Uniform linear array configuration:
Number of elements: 12
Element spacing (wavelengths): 0.5
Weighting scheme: blackman
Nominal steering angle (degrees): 30
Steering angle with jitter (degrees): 29.791
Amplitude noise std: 0.05
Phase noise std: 0.05

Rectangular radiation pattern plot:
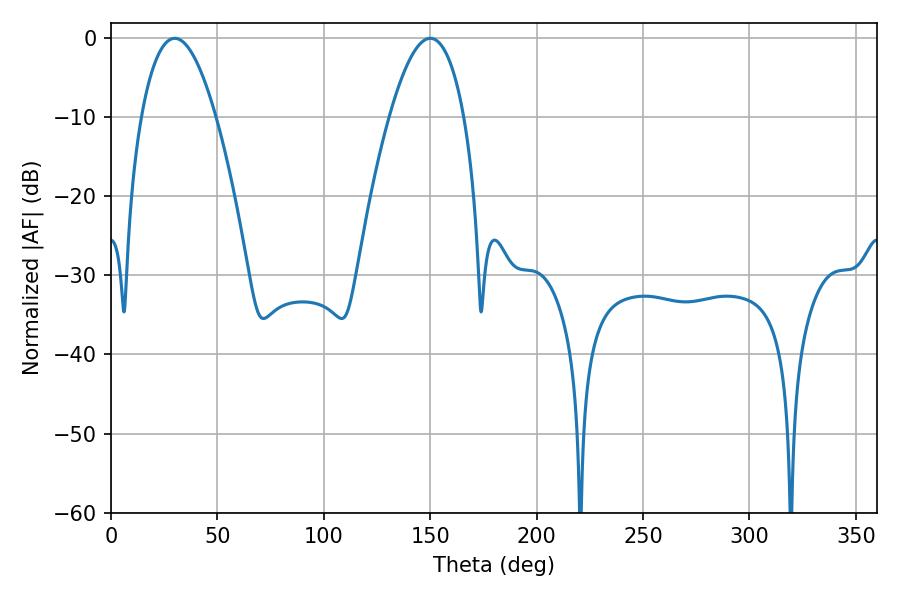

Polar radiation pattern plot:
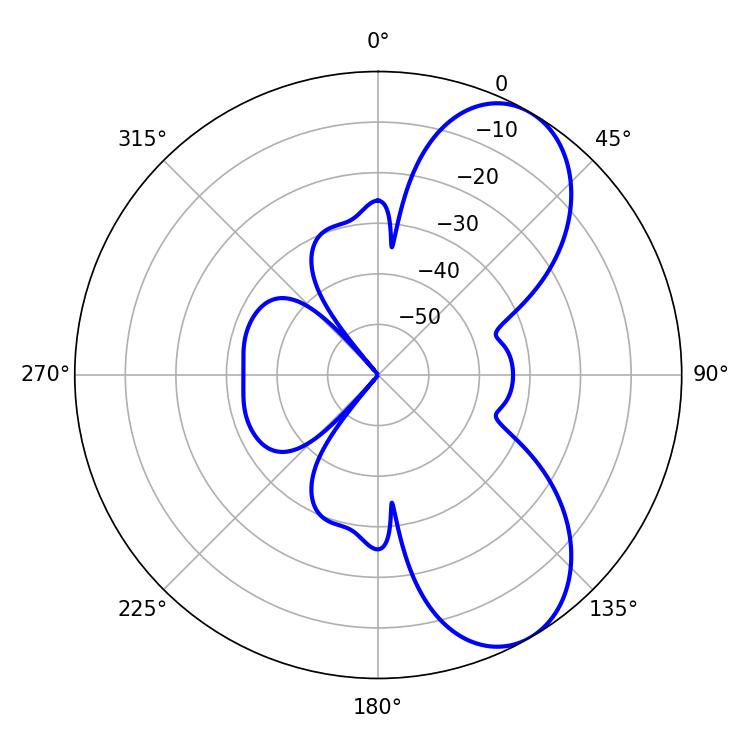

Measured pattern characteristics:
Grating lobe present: FALSE
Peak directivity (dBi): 7.351
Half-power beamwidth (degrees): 19.26
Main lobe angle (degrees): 29.88